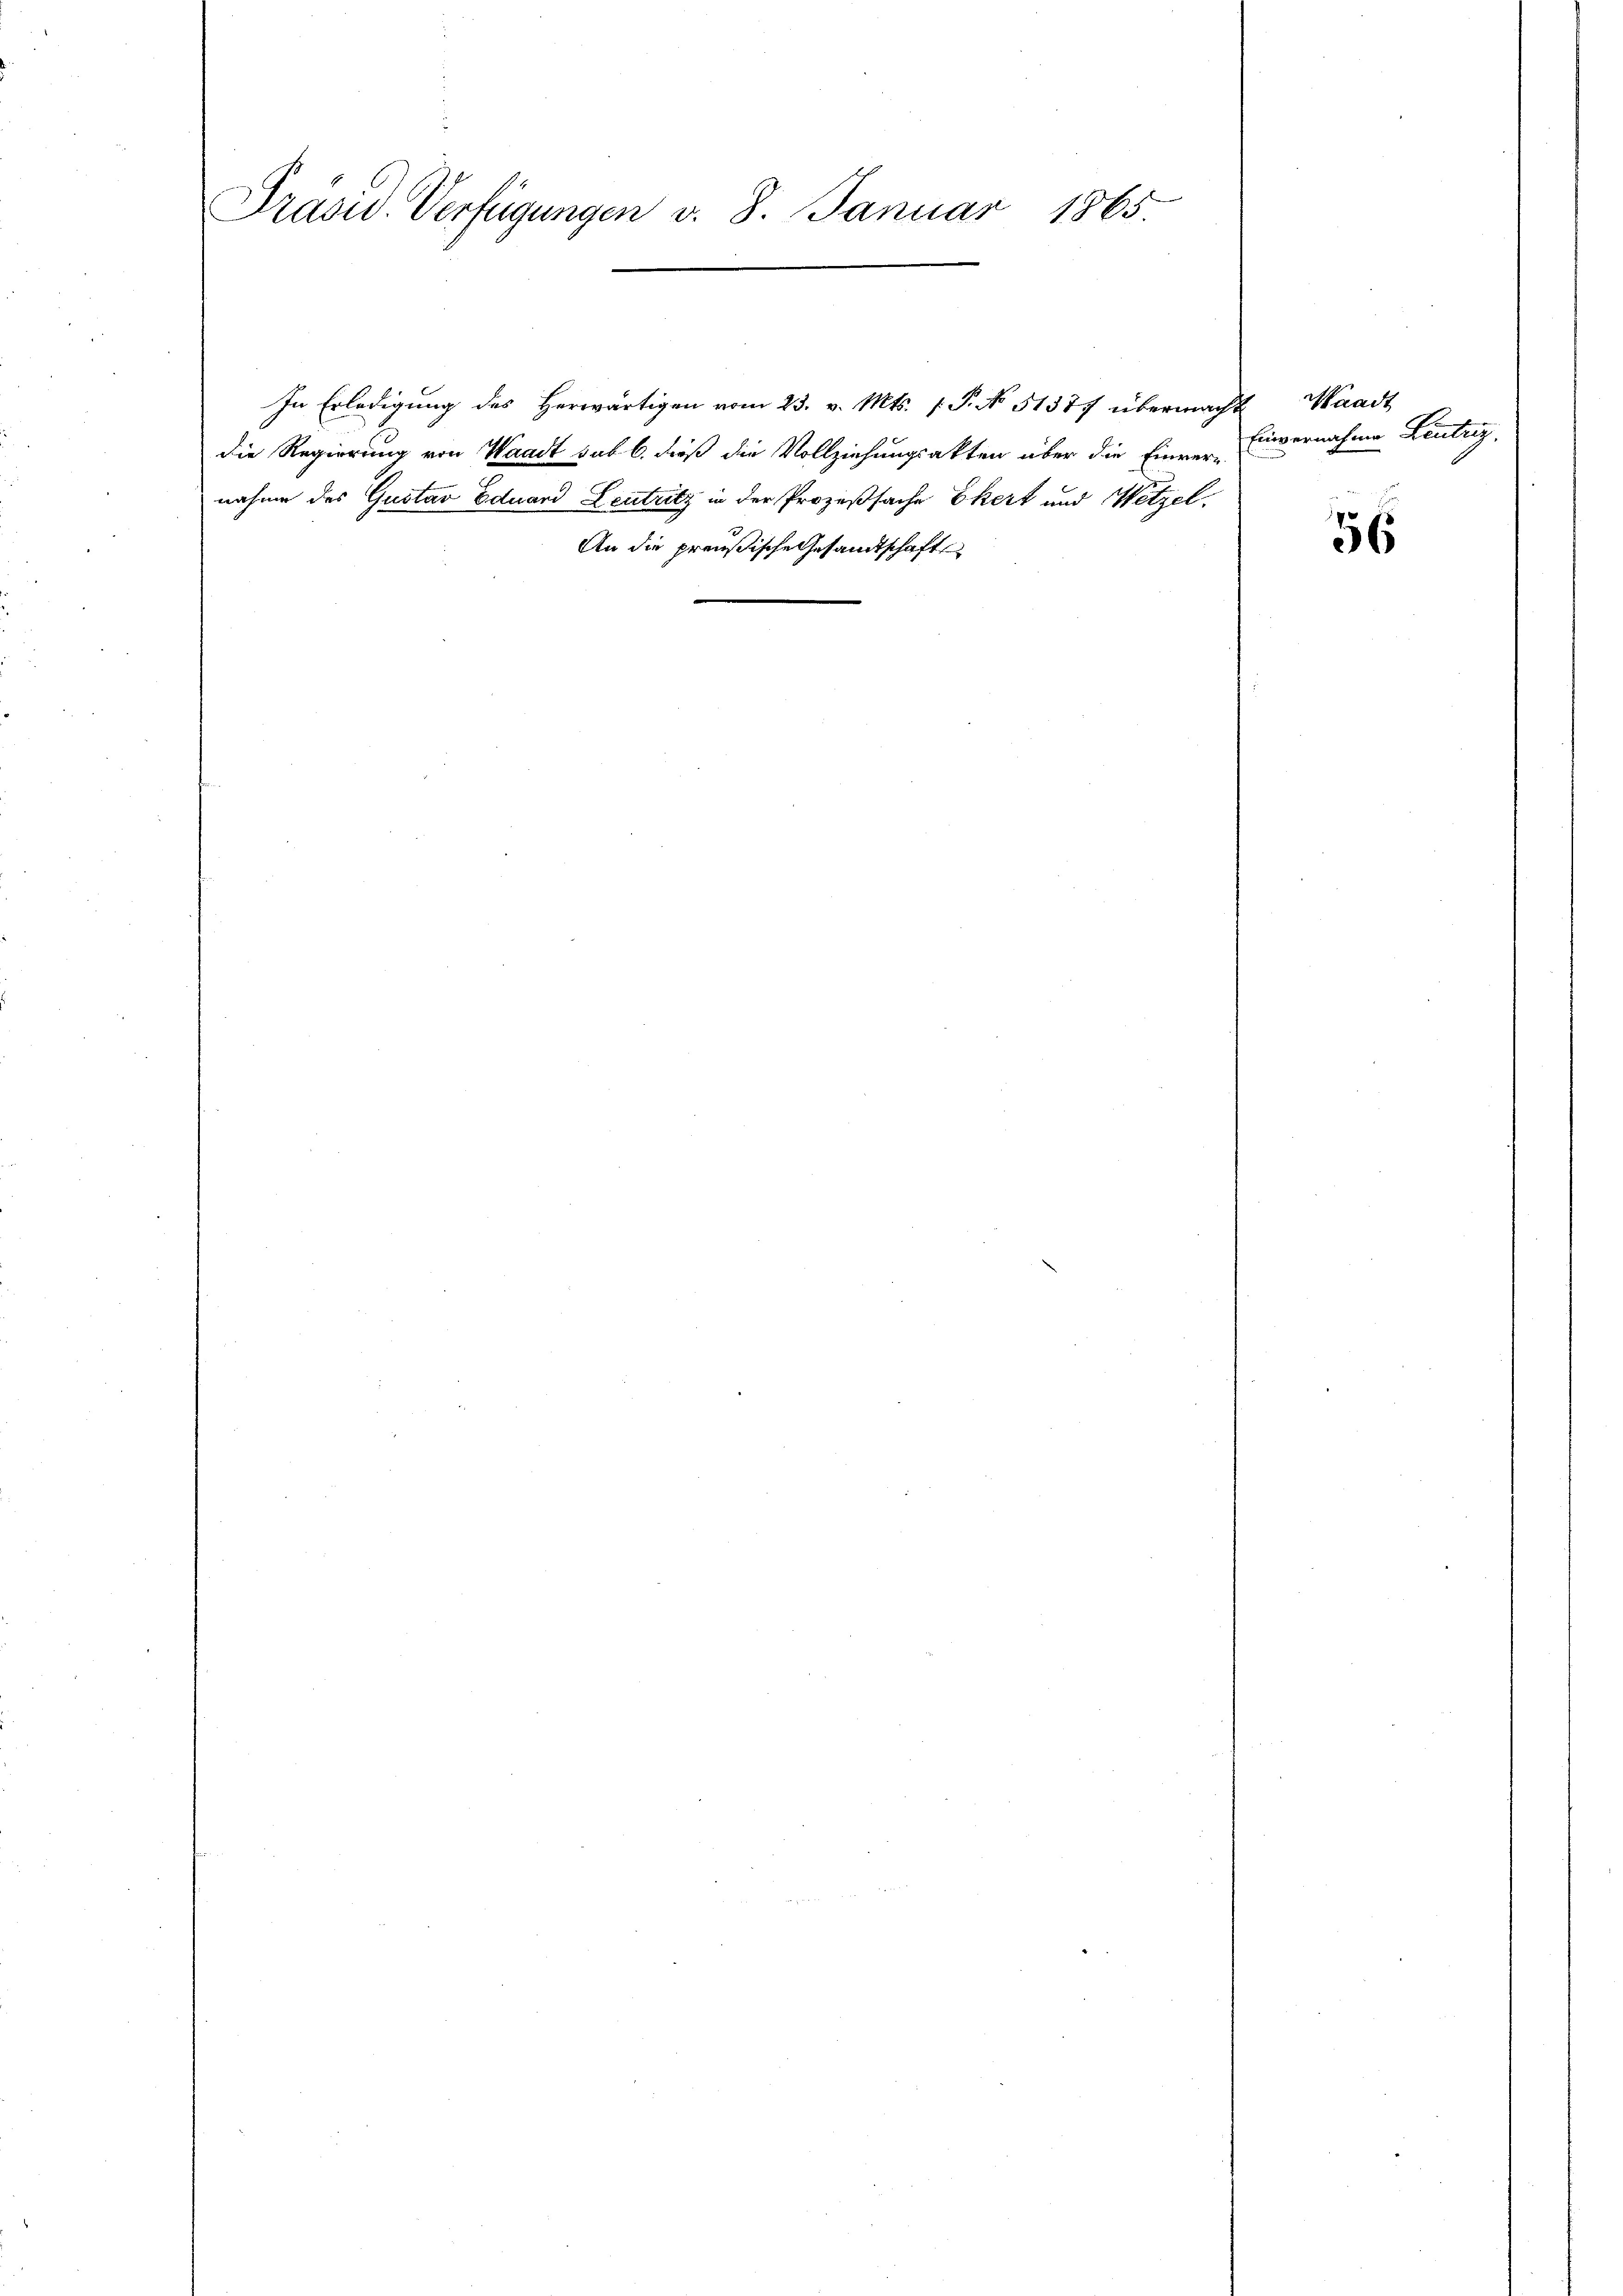
e
Präsid. Verfügungen v. 8. Januar 1865.

In Erledigung des herwärtigen vom 23. v. Mts. P. No 51377 übermacht Waadt
die Regierung von Waadt sub b. dieß die Vollziehungsakten über die Einver-
nahme des Gustav Eduard Leutnitz in der Prozeßsache Ekert und Wetzel.
An die preußische Gesandtschaft

Einvernahme Zentrig

56